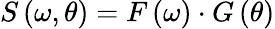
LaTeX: S\left(\omega,\theta\right)=F\left(\omega\right)\cdot G\left(\theta\right)